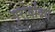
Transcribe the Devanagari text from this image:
गुरोर्वाक्यं